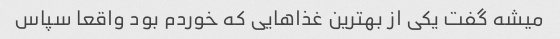
میشه گفت یکی از بهترین غذاهایی که خوردم بود واقعا سپاس